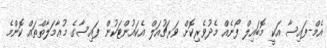
އެމް-ފައިސާ އަކީ މޮބައިލް ފޯނެއް މެދުވެރިކޮށް ވަރޗުއަލް އެކައުންޓަކުން ފައިސާގެ މުޢާމަލާތްތައް ކޮންމެ